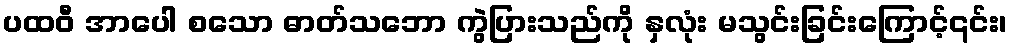
ပထဝီ အာပေါ စသော ဓာတ်သဘော ကွဲပြားသည်ကို နှလုံး မသွင်းခြင်းကြောင့်၎င်း၊